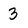
Character: 3